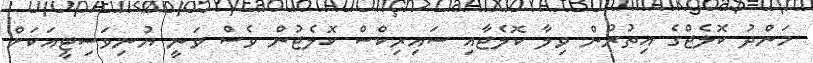
މަންދު ކޮލެޖްގެ އިތުރުން ވިލާ ކޮލެޖާއި ސައިރިކްސް ކޮލެޖުން ވެސް ވަނީ ޔުނިވަސިޓީއަކަށް